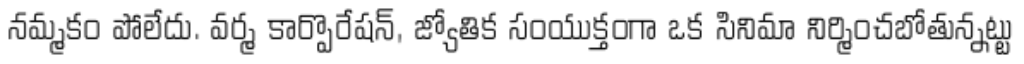
నమ్మకం పోలేదు. వర్మ కార్పొరేషన్, జ్యోతిక సంయుక్తంగా ఒక సినిమా నిర్మించబోతున్నట్టు